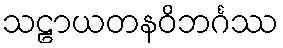
သဠာယတနဝိဘင်္ဂဿ